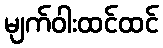
မျက်ဝါးထင်ထင်